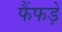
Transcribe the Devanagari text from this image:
फैंफड़े